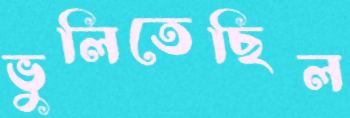
ভুলিতেছিল